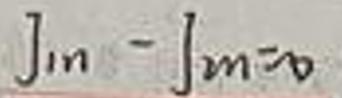
\[ \int_{1}^{n}-\int_{2}^{n}=0 \]